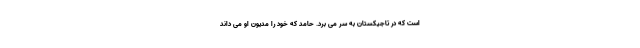
است که در تاجیکستان به سر می برد. حامد که خود را مدیون او می داند